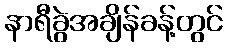
နာရီခွဲအချိန်ခန့်တွင်